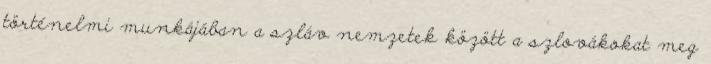
történelmi munkájában a szláv nemzetek között a szlovákokat meg